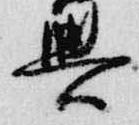
興